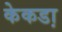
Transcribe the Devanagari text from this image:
केकडा़